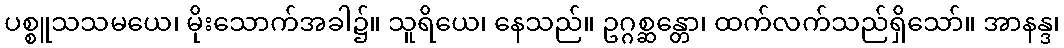
ပစ္စူသသမယေ၊ မိုးသောက်အခါ၌။ သူရိယေ၊ နေသည်။ ဥဂ္ဂစ္ဆန္တော၊ ထက်လက်သည်ရှိသော်။ အာနန္ဒ၊